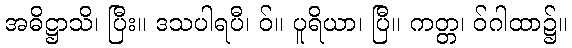
အဓိဋ္ဌာသိ၊ ပြီး။ ဒသပါရပီ၊ ဝ်။ ပူရိယာ၊ ပြီ။ ကတ္တ၊ ဝ်ဂါထာ၌။